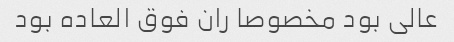
عالی بود مخصوصا ران فوق العاده بود